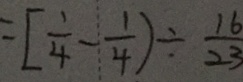
= [ \frac { 1 } { 4 } - \frac { 1 } { 4 } ) \div \frac { 1 6 } { 2 3 }